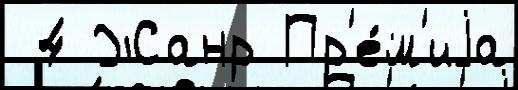
 4 Жанр Пр'е́м'иjа